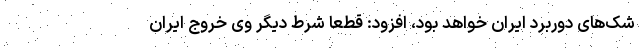
شک‌های دوربرد ایران خواهد بود، افزود: قطعا شرط دیگر وی خروج ایران